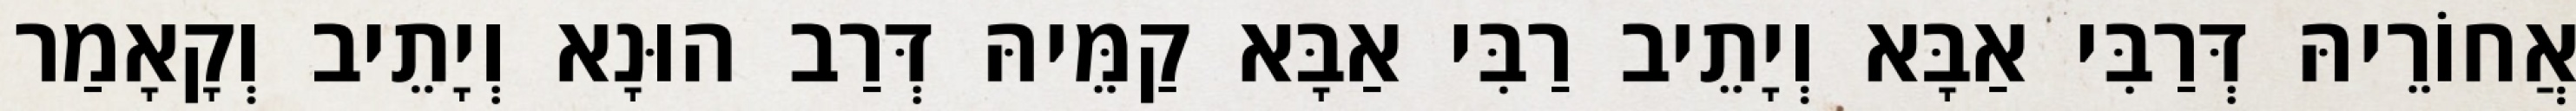
אֲחוֹרֵיהּ דְּרַבִּי אַבָּא וְיָתֵיב רַבִּי אַבָּא קַמֵּיהּ דְּרַב הוּנָא וְיָתֵיב וְקָאָמַר